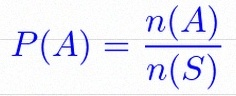
P(A)=\frac{n(A)}{n(S)}